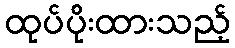
ထုပ်ပိုးထားသည့်